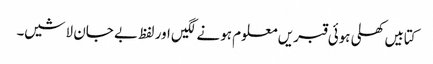
کتابیں کھلی ہوئی قبریں معلوم ہونے لگیں اور لفظ بے جان لاشیں۔